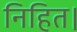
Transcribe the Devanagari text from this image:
निहित।